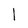
Character: l